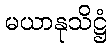
မယာနုသိဋ္ဌံ